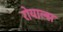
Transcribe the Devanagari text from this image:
रोयाल्स